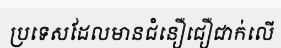
ប្រទេសដែលមានជំនឿជឿជាក់លើ